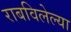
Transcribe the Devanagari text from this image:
राबविलेल्या